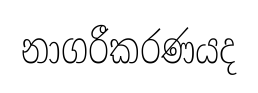
නාගරීකරණයද